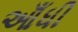
આઁધી